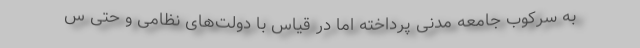
به سرکوب جامعه مدنی پرداخته اما در قیاس با دولت‌های نظامی و حتی س